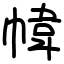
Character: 幃